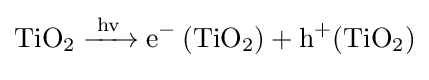
{\ce {TiO2 ->[{hv}][{}] e- (TiO2) + h+(TiO2)}}